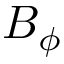
B _ { \phi }